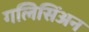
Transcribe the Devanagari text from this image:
गलिसिंअन